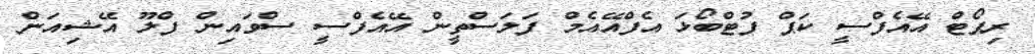
ރިޕޯޓް އޭއެފްސީ ކަޕް ފުޓްބޯޅަ އެފްއޭއެމް ފަލަސްތީން އޭއެފްސީ ސްވައިން ފްލޫ އޭޝިއަން